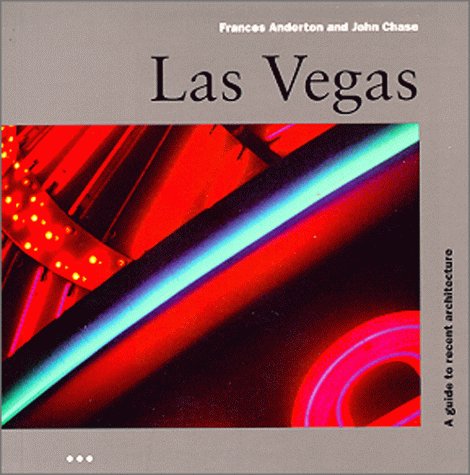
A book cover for Las Vegas (Architecture Guides); Travel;